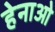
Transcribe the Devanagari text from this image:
हेनाओ